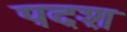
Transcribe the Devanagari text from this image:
पदश